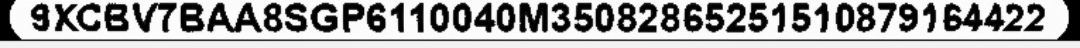
9XCBV7BAA8SGP6110040M35082865251510879164422